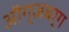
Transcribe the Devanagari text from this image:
ऑग्ज़बर्ग